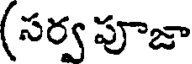
(సర్వ పూజా